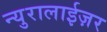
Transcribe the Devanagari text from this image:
न्युरालाईज़र